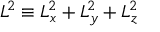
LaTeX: L ^ { 2 } \equiv L _ { x } ^ { 2 } + L _ { y } ^ { 2 } + L _ { z } ^ { 2 }